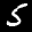
Label: 5